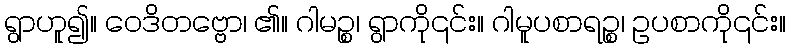
ရွာဟူ၍။ ဝေဒိတဗ္ဗော၊ ၏။ ဂါမဉ္စ၊ ရွာကို၎င်း။ ဂါမူပစာရဉ္စ၊ ဥပစာကို၎င်း။